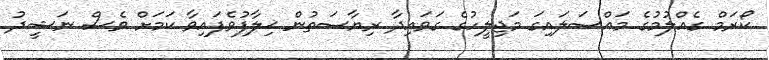
ކޯރަމް ގެއްލުމުގެ މައްސަލައިގަ މަޖިލީހުގެ ގަވައިދާ ރިޔާސަތުން ޚިލާފުވެފައިވާ ކަމަށް ވެސް ނަޝީދު